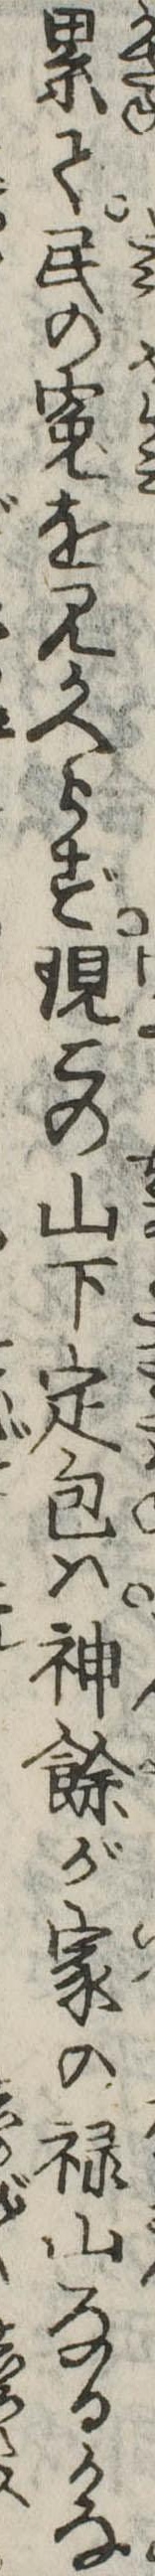
累て民の冤を見かへらず現この山下定包は神余が家の禄山なるかな